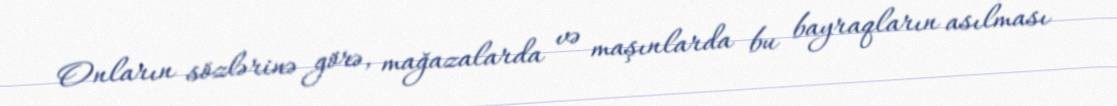
Onların sözlərinə görə, mağazalarda və maşınlarda bu bayraqların asılması